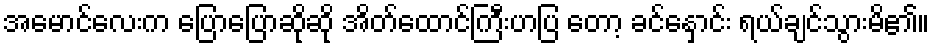
အမောင်လေးက ပြောပြောဆိုဆို အိတ်ထောင်ကြီးဟပြ တော့ ခင်နှောင်း ရယ်ချင်သွားမိ၏။